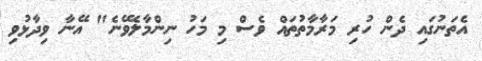
އެތަނުގައި ދެން ހުރި މަރާމާތުތައް ވެސް މި މަހު ނިންމާލެވޭނެ" އޭނާ ވިދާޅުވި